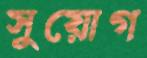
সুয়োগ